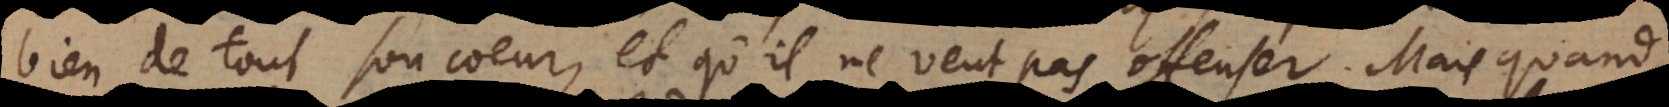
bien de tout son coeur, et qu’il ne veut pas offenser. Mais quand